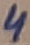
Text: 4